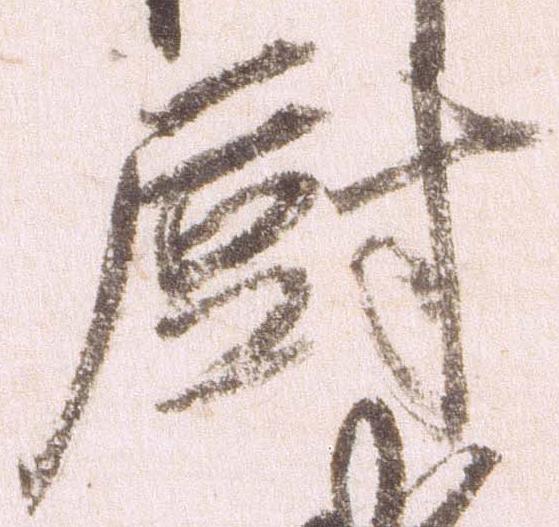
厨